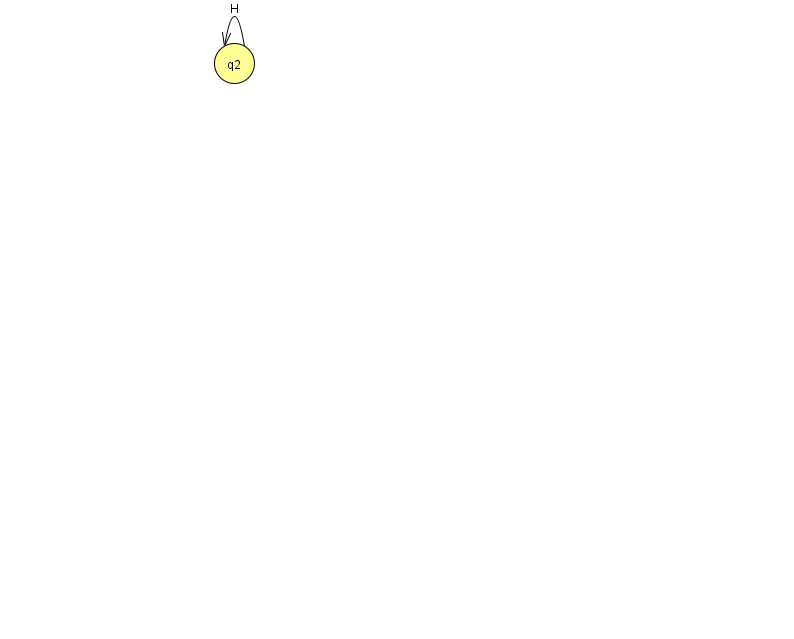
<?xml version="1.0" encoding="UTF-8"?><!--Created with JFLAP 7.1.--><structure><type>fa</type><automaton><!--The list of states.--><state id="0" name="q0"><x>230.0</x><y>650.0</y><initial/></state><state id="1" name="q1"><x>829.0</x><y>311.0</y></state><state id="2" name="q2"><x>234.0</x><y>50.0</y></state><state id="4" name="q4"><x>337.0</x><y>651.0</y><final/></state><!--The list of transitions.--><transition><from>2</from><to>2</to><read>H</read></transition><transition><from>1</from><to>1</to><read>M</read></transition><transition><from>0</from><to>4</to><read>v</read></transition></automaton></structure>